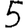
Digit: 5